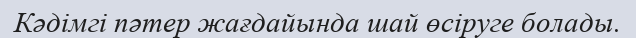
Кәдімгі пәтер жағдайында шай өсіруге болады.